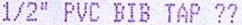
1/2" PVC BIB TAP ??